Leprosy in India: report of the Leprosy Commission in India, 1890-91
Year: 1890
Disease focus: Leprosy
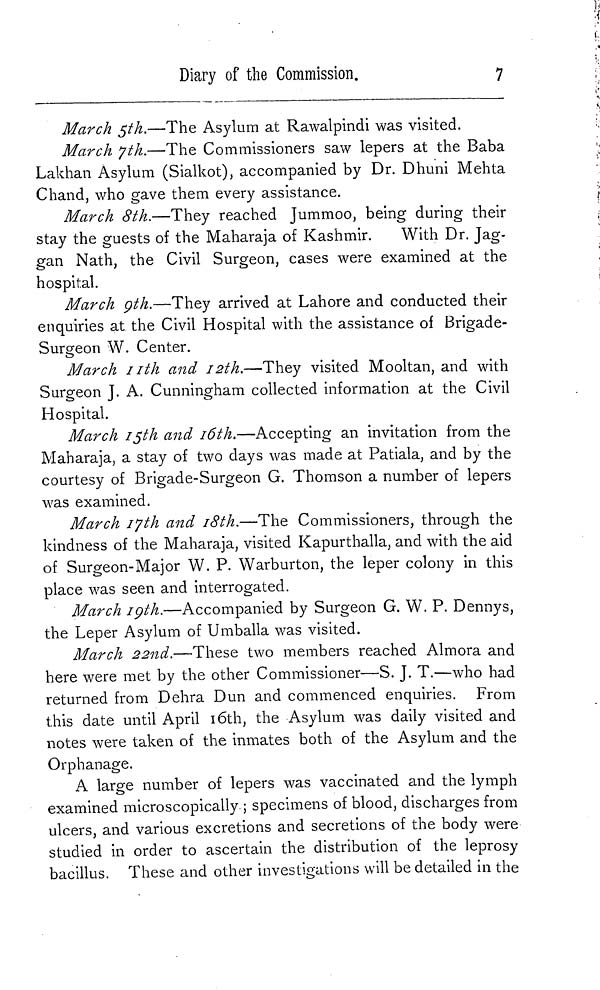
Diary of the Commission.
7
March 5th.—The Asylum at Rawalpindi was visited.
March 7th.—The Commissioners saw lepers at the Baba
Lakhan Asylum (Sialkot), accompanied by Dr. Dhuni Mehta
Chand, who grave them every assistance.
March 8th.—They reached Jummoo, being during their
stay the guests of the Maharaja of Kashmir.
With Dr. Jag-
gan Nath, the Civil Surgeon, cases were examined at the
hospital.
March 9th.—They arrived at Lahore and conducted their
enquiries at the Civil Hospital with the assistance of Brigade-
Surgeon W. Center.
March nth and 12th.—They visited Mooltan, and with
Surgeon J. A. Cunningham collected information at the Civil
Hospital.
March 15th and 16th.—Accepting an invitation from the
Maharaja, a stay of two days was made at Patiala, and by the
courtesy of Brigade-Surgeon G. Thomson a number of lepers
was examined.
March 17th and 18th.—The Commissioners, through the
kindness of the Maharaja, visited Kapurthalla, and with the aid
of Surgeon-Major W. P. Warburton, the leper colony in this
place was seen and interrogated.
March 19th.—Accompanied by Surgeon G. W. P. Dennys,
the Leper Asylum of Umballa was visited.
March 22nd.— These two members reached Almora and
here were met by the other Commissioner—S. J. T.—who had
returned from Dehra Dun and commenced enquiries. From
this date until April 16th, the Asylum was daily visited and
notes were taken of the inmates both of the Asylum and the
Orphanage.
A large number of lepers was vaccinated and the lymph
examined microscopically ; specimens of blood, discharges from
ulcers, and various excretions and secretions of the body were
studied in order to ascertain the distribution of the leprosy
bacillus. These and other investigations will be detailed in the